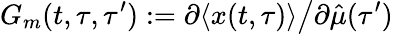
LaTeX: G_{m}(t,\tau,\tau^{\prime}):=\partial\langle x(t,\tau)\rangle\big/\partial\hat{\mu}(\tau^{\prime})